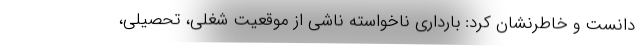
دانست و خاطرنشان کرد: بارداری ناخواسته ناشی از موقعیت شغلی، تحصیلی،